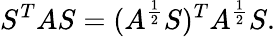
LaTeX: S^{T}AS=(A^{\frac{1}{2}}S)^{T}A^{\frac{1}{2}}S.